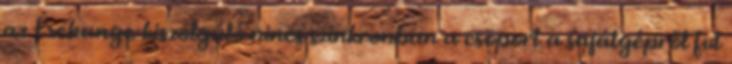
az Exchange-kiszolgáló nincs szinkronban a csoport a sajátgépről fut